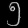
Digit: ၅